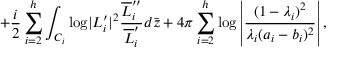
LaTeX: + { \frac { i } { 2 } } \sum _ { i = 2 } ^ { h } \int _ { { \cal C } _ { i } } { \log } | L _ { i } ^ { \prime } | ^ { 2 } { \frac { \overline { { L } } _ { i } ^ { \prime \prime } } { \overline { { L } } _ { i } ^ { \prime } } } d \bar { z } + 4 \pi \sum _ { i = 2 } ^ { h } { \log } \left| { \frac { ( 1 - \lambda _ { i } ) ^ { 2 } } { \lambda _ { i } ( a _ { i } - b _ { i } ) ^ { 2 } } } \right| ,